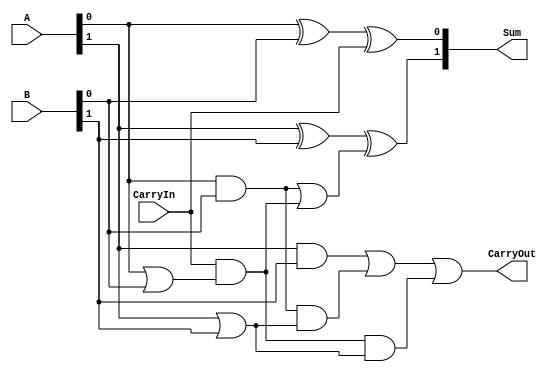
//--------PDSD homework 1-2 (Voting circuit)---------------------------------------------
//--------2-bit carry look-ahead adder---------------------------------------------------

module CLAAdder_2bit(A,B,CarryIn,Sum,CarryOut);
	input [1:0] A,B;
	input CarryIn;
	output [1:0] Sum;
	output CarryOut;
	
	wire c1;
	wire [1:0] p,g;
	
	assign p[0] = A[0] | B[0];
	assign p[1] = A[1] | B[1];
	assign g[0] = A[0] & B[0];
	assign g[1] = A[1] & B[1];
	
	assign c1 = g[0] | (CarryIn & p[0]);
	assign CarryOut = g[1] | (g[0] & p[1]) | (CarryIn & p[0] & p[1]);
	assign Sum[0] = A[0]^B[0]^CarryIn;
	assign Sum[1] = A[1]^B[1]^c1;
	
endmodule